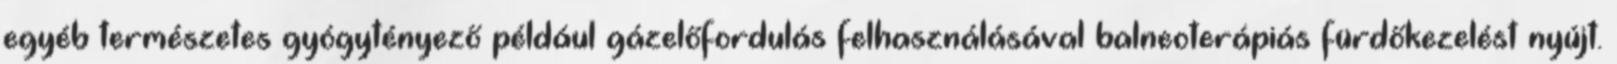
egyéb természetes gyógytényező például gázelőfordulás felhasználásával balneoterápiás fürdőkezelést nyújt.